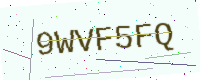
Text: 9WVF5FQ